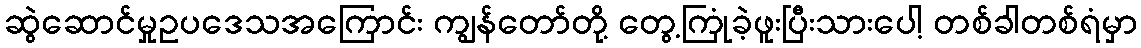
ဆွဲဆောင်မှုဥပဒေသအကြောင်း ကျွန်တော်တို့ တွေ့ကြုံခဲ့ဖူးပြီးသားပေါ့ တစ်ခါတစ်ရံမှာ